King Institute of Preventive Medicine Micro-Biological Section reports 1909-11
Year: 1909
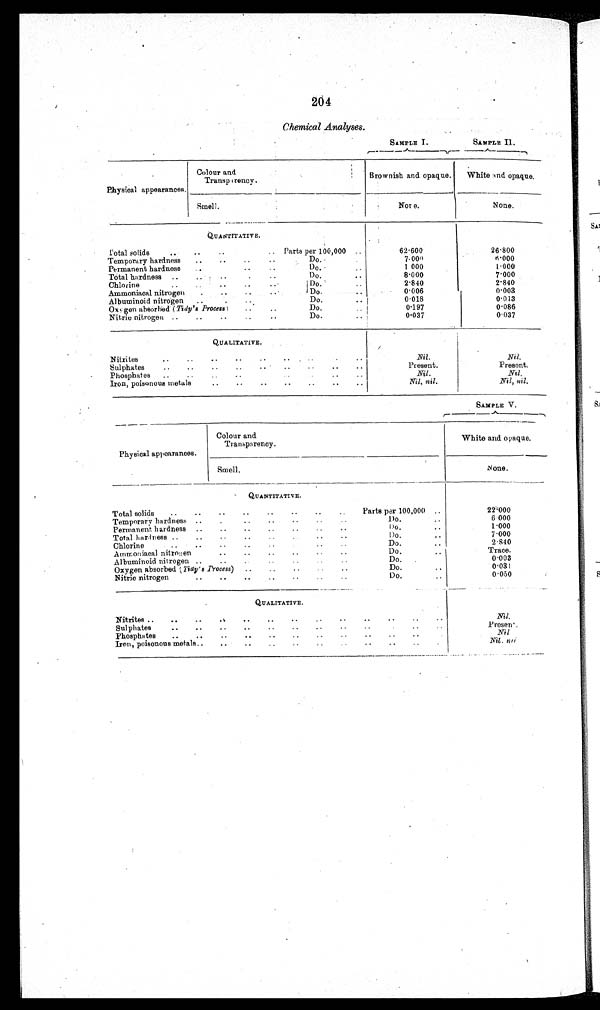
204
Chemical Analyses.
SAMPLE I.
SAMPLE II.
Physical appearances.
Colour arid
Transperency.
B r o w n i s h a n d o p a q u e .
W h i t e a n d o p a t u e
Smell.
None.
None.
Total solids
Parts per 100,000
62·600
2 6 · 8 0 0
Temporary hardness
Do.
7·
0 0 0
6 · 0 0 0
Permanent hardness
Do.
1·000
1·000
Total hardness
Do.
8·000
7 · 0 0 0
Chlorine
Do.
2·840
2·840
Ammoniacal nitrogen
Do.
0·006
0·003
Albuminoid nitrogen
Do.
0·018
0 · 0 1 3
Oxygen absorbed (Tidy's Process)
Do.
0·197
0·086
Nitric nitrogen
Do.
0·037
0·037
Nil.
N i l .
Present.
Present.
Nil.
N i l .
Nil, nil.
Nil, nil.
SAMPLE V.
Physical appearances.
Colour and
Transparency.
White and opaque.
Smell.
Νοne.
Total solids
Parts per 100,000
22·000
Temporary hardness
Do.
6·000
Permanent hardness
Do.
1 · 0 0 0
Total hardness
Do.
7·000
Chlorine
Do.
2·840
Ammoniacal nitrogen
Do.
Trace.
Albuminoid nitrogen
Do.
0·003
Oxygen absorbed (7idy's Process) Do.
0·031
Nitric nitrogen
Do.
0·050
Nil,
P r e s e n t .
Nil
Nil. n i l